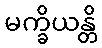
မက္ခိယန္တိ